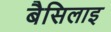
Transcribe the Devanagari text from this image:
बैसिलाइ